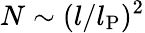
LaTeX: N\sim(l/l_{\mathrm{P}})^{2}